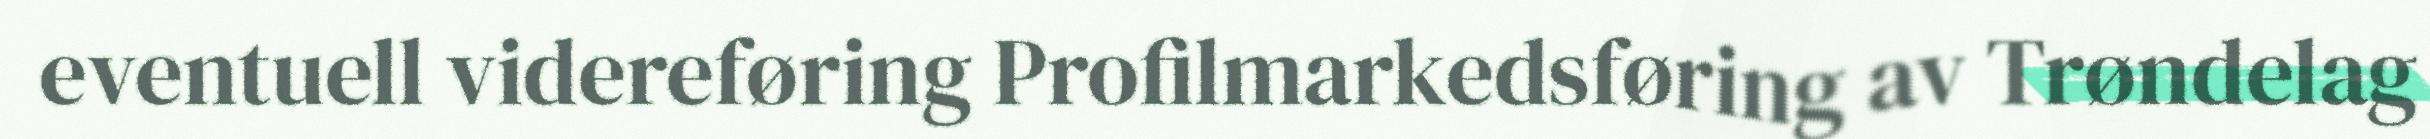
eventuell videreføring Profilmarkedsføring av Trøndelag